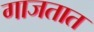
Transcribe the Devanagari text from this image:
गाजतात